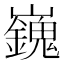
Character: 𡾾